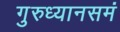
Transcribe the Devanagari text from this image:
गुरुध्यानसमं